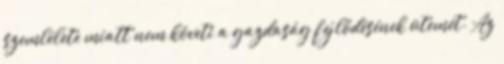
szemlélete miatt nem követi a gazdaság fejlődésének ütemét. Az